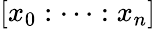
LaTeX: [x_{0}:\cdots:x_{n}]